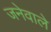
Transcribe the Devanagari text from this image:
जनेवाले